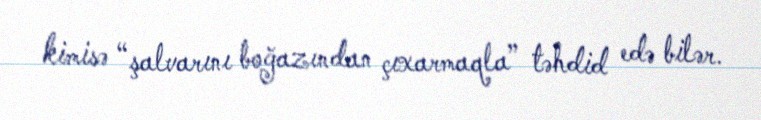
kimisə “şalvarını boğazından çıxarmaqla” təhdid edə bilər.